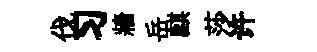
伐习牆岳麒莎许